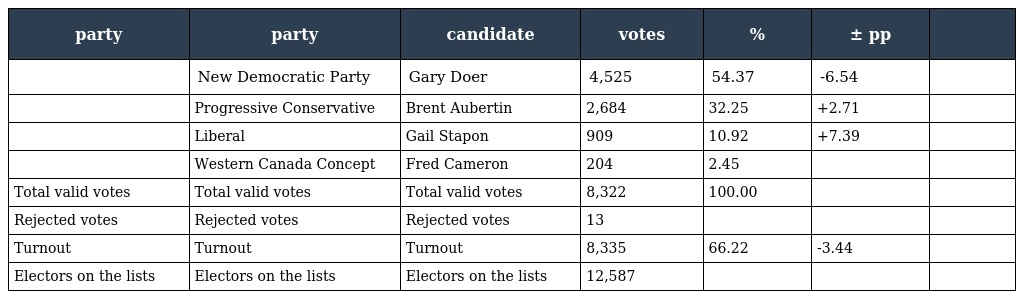
| party | party | candidate | votes | % | ± pp |  |
 | --- | --- | --- | --- | --- | --- | --- |
 |  | New Democratic Party | Gary Doer | 4,525 | 54.37 | -6.54 |  |
 |  | Progressive Conservative | Brent Aubertin | 2,684 | 32.25 | +2.71 |  |
 |  | Liberal | Gail Stapon | 909 | 10.92 | +7.39 |  |
 |  | Western Canada Concept | Fred Cameron | 204 | 2.45 |  |  |
 | Total valid votes | Total valid votes | Total valid votes | 8,322 | 100.00 |  |  |
 | Rejected votes | Rejected votes | Rejected votes | 13 |  |  |  |
 | Turnout | Turnout | Turnout | 8,335 | 66.22 | -3.44 |  |
 | Electors on the lists | Electors on the lists | Electors on the lists | 12,587 |  |  |  |